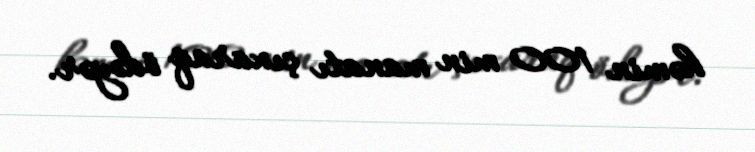
həmin 100 min manatı çıxaraq ödəyər.